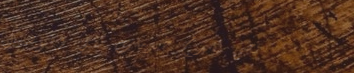
نحن نقدم خدمات نقل وتوصيل